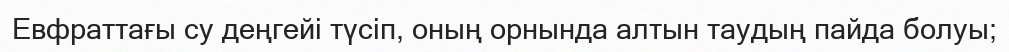
Евфраттағы су деңгейі түсіп, оның орнында алтын таудың пайда болуы;